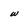
Character: w